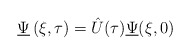
\begin{align*}\underline{\Psi}\left(\xi,\tau\right) = \hat{U}(\tau)\underline{\Psi}(\xi, 0) \end{align*}